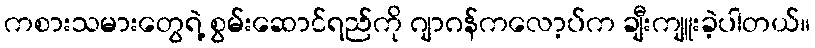
ကစားသမားတွေရဲ့ စွမ်းဆောင်ရည်ကို ဂျာဂန်ကလော့ပ်က ချီးကျူးခဲ့ပါတယ်။